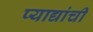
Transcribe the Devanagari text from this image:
प्याद्यांची